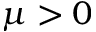
\mu > 0